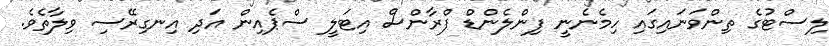
ލިސްޓުގެ ތިންވަނައިގައި ހިމެނެނީ ފިންލެންޑް ފްރާންސް އިޓަލީ ސްޕެއިން އަދި އިނގިރޭސި ވިލާތެވެ.